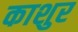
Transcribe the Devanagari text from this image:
काशुर